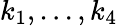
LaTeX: k_{1},...,k_{4}